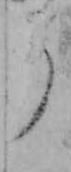
ら